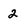
Character: 2